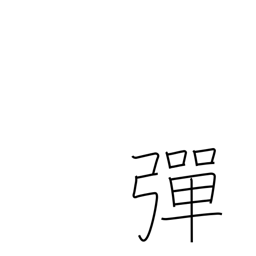
Meaning: bullet